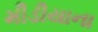
મીડીયાના